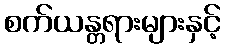
စက်ယန္တရားများနှင့်